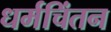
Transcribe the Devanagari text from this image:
धर्मचिंतन